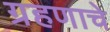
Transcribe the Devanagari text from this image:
ग्रहणाचे